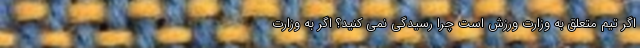
اگر تیم متعلق به وزارت ورزش است چرا رسیدگی نمی کنید؟ اگر به وزارت